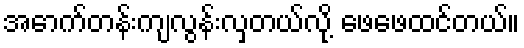
အောက်တန်းကျလွန်းလှတယ်လို့ ဖေဖေထင်တယ်။